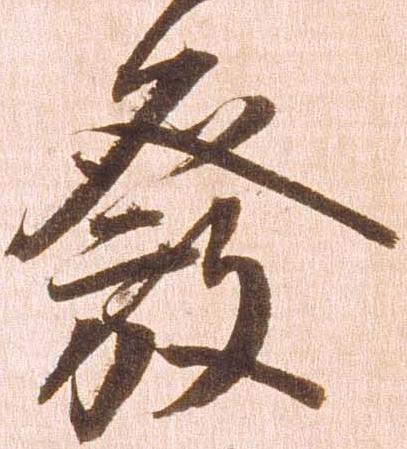
発